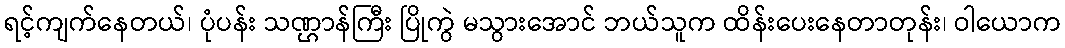
ရင့်ကျက်နေတယ်၊ ပုံပန်း သဏ္ဌာန်ကြီး ပြိုကွဲ မသွားအောင် ဘယ်သူက ထိန်းပေးနေတာတုန်း၊ ဝါယောက